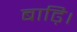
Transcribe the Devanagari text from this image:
बाढ़ि।